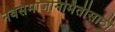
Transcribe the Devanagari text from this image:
नवसमाजनिर्मितीसाठी